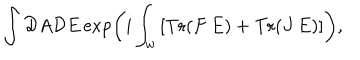
\int { \cal D } A { \cal D } E \exp \left( i \int _ { w } \left[ \mathrm { T r } ( F \, E ) + \mathrm { T r } ( J \, E ) \right] \right) ,